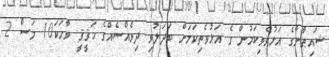
ޝައިޠާނާގެ އަޅުވެތިކަމުން ގެ އަޅުވެތިކަމަށް ބަދަލުވި ދިވެއްސެއްގެ ޙަޤީޤީ ވާހަކަ10 މަސް 2